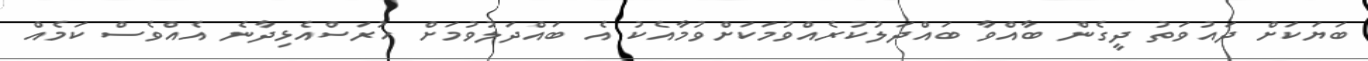
ބަޔަކަށް ދައުވަތު ދީގެން ބާއްވާ ބައްދަލުކުރެއްވުމަކަށްވުމާއެކު އެ ބައްދަލުވުމަށް ހުރަސްއެޅިދާނެ އެއްވެސް ކަމެއް